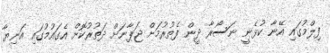
ފިލްމުގައި އޭނާ ކުޅެނީ ނަސޯރާ ދީން ފެތުރުމަށް ޖަޕާނަށް ދަތުރުކޮށް އެގައުމުގައި އަނިޔާ